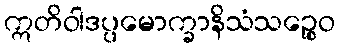
ဣတိဝါဒပ္ပမောက္ခာနိသံသဉ္စေဝ